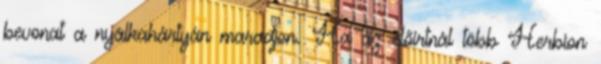
bevonat a nyálkahártyán maradjon. Ha az előírtnál több Herbion